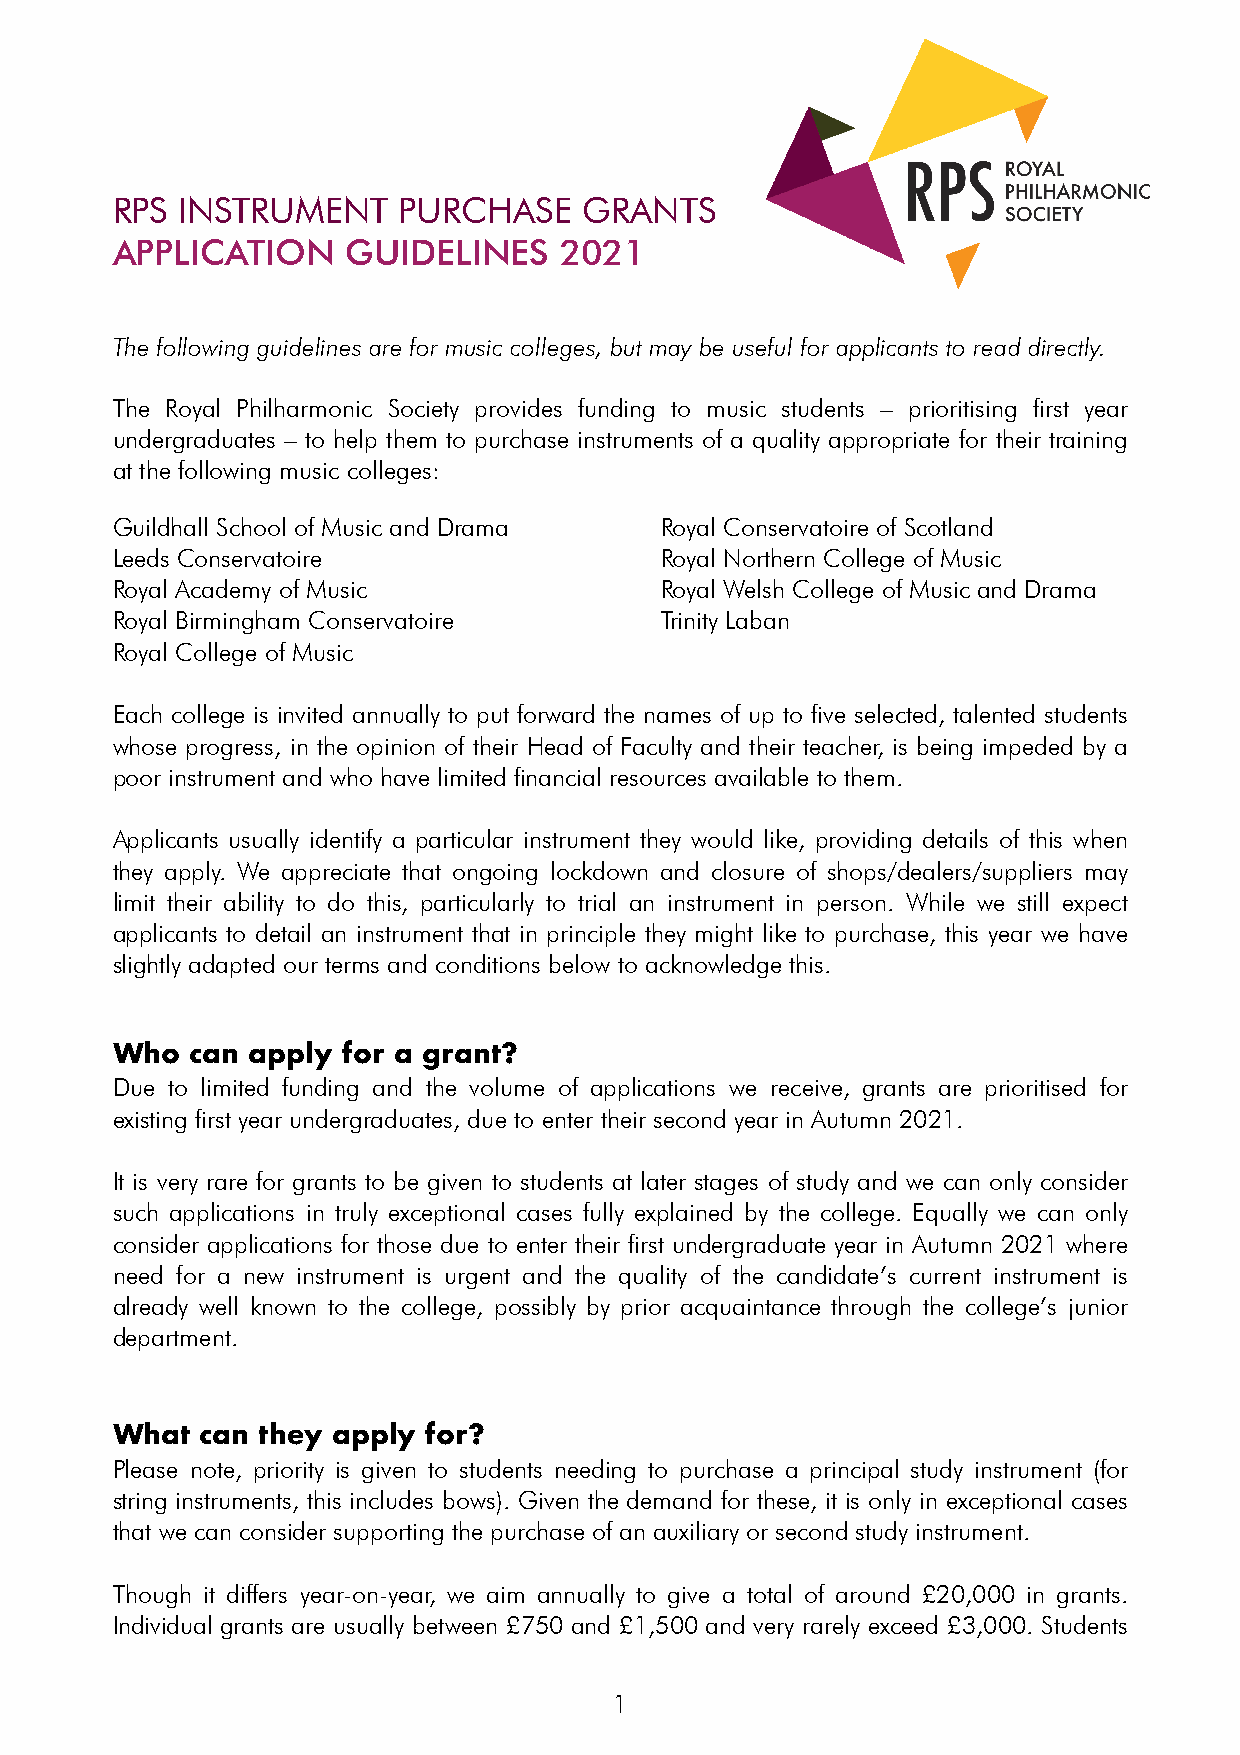
RPS  INSTRUMENT    PURCHASE     GRANTS
 APPLICATION     GUIDELINES    2021
 The following guidelines are for music colleges, but may be useful for applicants to read directly.
 The Royal Philharmonic Society provides funding to music students – prioritising first year
 undergraduates – to help them to purchase instruments of a quality appropriate for their training
 at the following music colleges:
 Guildhall School of Music and Drama  Royal Conservatoire of Scotland
 Leeds Conservatoire                  Royal Northern College of Music
 Royal Academy of Music               Royal Welsh College of Music and Drama
 Royal Birmingham Conservatoire       Trinity Laban
 Royal College of Music
 Each college is invited annually to put forward the names of up to five selected, talented students
 whose progress, in the opinion of their Head of Faculty and their teacher, is being impeded by a
 poor instrument and who have limited financial resources available to them.
 Applicants usually identify a particular instrument they would like, providing details of this when
 they apply. We appreciate that ongoing lockdown and closure of shops/dealers/suppliers may
 limit their ability to do this, particularly to trial an instrument in person. While we still expect
 applicants to detail an instrument that in principle they might like to purchase, this year we have
 slightly adapted our terms and conditions below to acknowledge this.
 Who   can apply for a grant?
 Due to limited funding and the volume of applications we receive, grants are prioritised for
 existing first year undergraduates, due to enter their second year in Autumn 2021.
 It is very rare for grants to be given to students at later stages of study and we can only consider
 such applications in truly exceptional cases fully explained by the college. Equally we can only
 consider applications for those due to enter their first undergraduate year in Autumn 2021 where
 need for a new instrument is urgent and the quality of the candidate’s current instrument is
 already well known to the college, possibly by prior acquaintance through the college’s junior
 department.
 What  can they apply for?
 Please note, priority is given to students needing to purchase a principal study instrument (for
 string instruments, this includes bows). Given the demand for these, it is only in exceptional cases
 that we can consider supporting the purchase of an auxiliary or second study instrument.
 Though it differs year-on-year, we aim annually to give a total of around £20,000 in grants.
 Individual grants are usually between £750 and £1,500 and very rarely exceed £3,000. Students
 !1